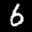
Label: 6